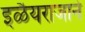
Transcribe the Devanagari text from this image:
इळैयराजाने